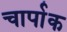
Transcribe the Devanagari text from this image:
चार्पाक